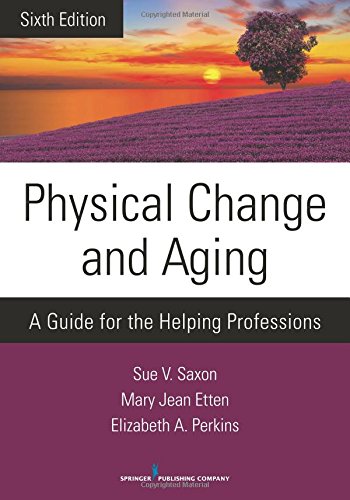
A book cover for Physical Change and Aging, Sixth Edition: A Guide for the Helping Professions; Sue V. Saxon PhD; Medical Books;